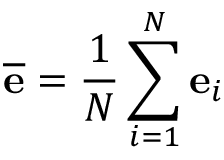
\overline { { \mathbf { e } } } = \frac { 1 } { N } \sum _ { i = 1 } ^ { N } \mathbf { e } _ { i }